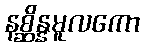
နစ္ဆိန္နမူလကော